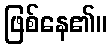
ဖြစ်နေ၏။